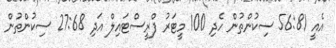
އެއީ 56:81 ސިކުންތުން ހެދި 100 މީޓަރު ފްރީސްޓައިލް އަދި 27:68 ސިކުންތުން